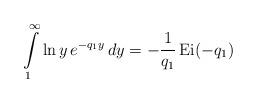
LaTeX: \begin{align*}\int\limits_{1}^{\infty} \ln y \, e^{-q_1 y} \, dy = - \frac{1}{q_1} \operatorname{Ei}(- q_1)\end{align*}